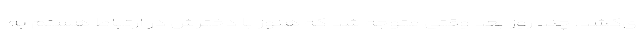
ی‌کشد. چند روز بعد وقتی متوجه شد که هنوز با دخترش در ارتباط هستم به